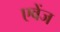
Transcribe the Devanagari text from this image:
एवेंज